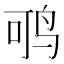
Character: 𬸂